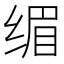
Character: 𮉭